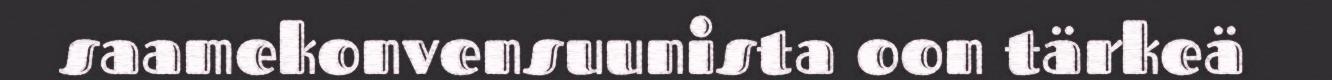
saamekonvensuunista oon tärkeä